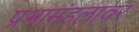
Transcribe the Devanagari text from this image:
प्रभामंडलावर